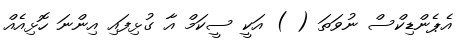
އެޕެންޑިކްސް ނުވަތަ ( ) އަކީ ސީކަމް އާ ގުޅިފައި އިންނަ ހޮޅިއެއް